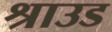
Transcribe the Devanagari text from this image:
श्राउड